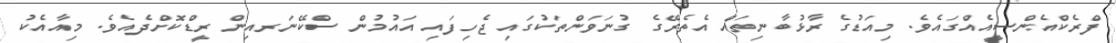
ފްރެކްއެންސީއެއްގައެވެ. މިއަޑުގެ ރާޅުބާނިތައް އެތެރޭގެ ގުނަވަންތަކުގައި ޖެހިފައި އައުމުން ސްކޭނަރއިން ރީޑްކޮށްދެއެވެ. މިއާއެކު